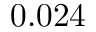
0 . 0 2 4